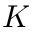
K